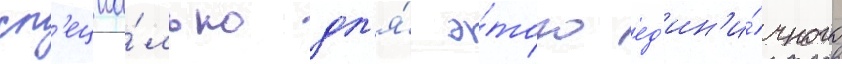
сп'ециа́льно дл'я́ э́того ед'ин'и́чного